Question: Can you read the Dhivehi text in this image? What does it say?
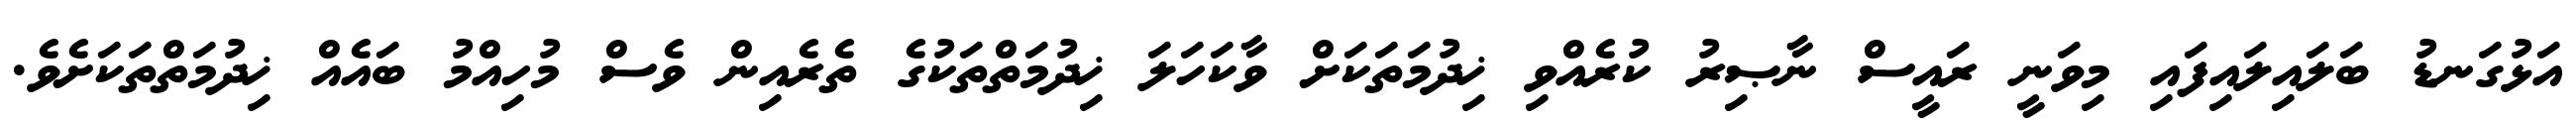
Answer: އަޅުގަނޑު ބަލައިލައިފައި މިވަނީ ރައީސް ނާޞިރު ކުރެއްވި ޚިދުމަތަކަށް ވާކަހަލަ ޚިދުމަތްތަކުގެ ތެރެއިން ވެސް މުހިއްމު ބައެއް ޚިދުމަތްތަކަށެވެ.